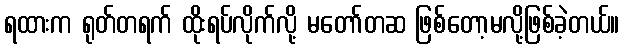
ရထားက ရုတ်တရက် ထိုးရပ်လိုက်လို့ မတော်တဆ ဖြစ်တော့မလို့ဖြစ်ခဲ့တယ်။